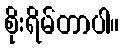
စိုးရိမ်တာပါ။